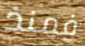
فمنذ